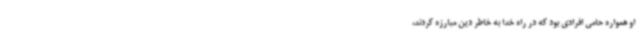
او همواره حامی افرادی بود که در راه خدا به خاطر دین مبارزه کردند،